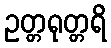
ဥတ္တရုတ္တရိ